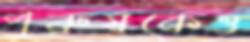
পুরুষকেও